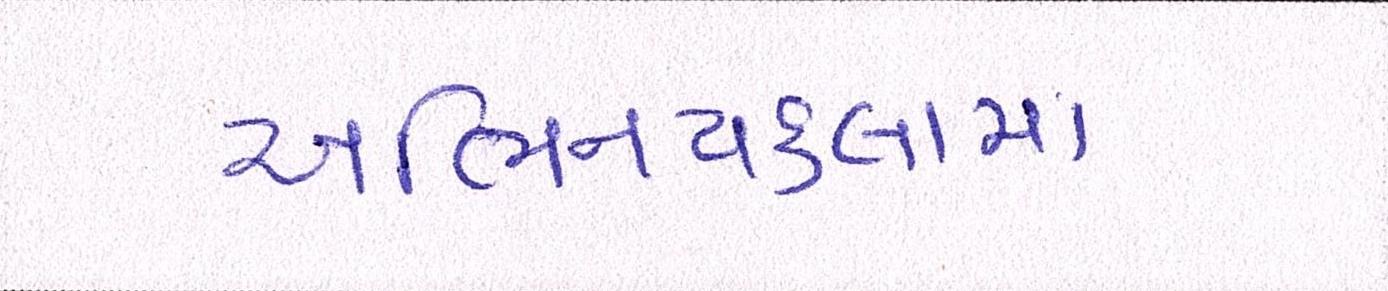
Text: અભિનયકલામાં